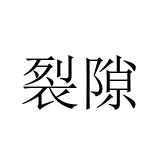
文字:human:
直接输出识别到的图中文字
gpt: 裂隙